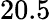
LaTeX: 20.5